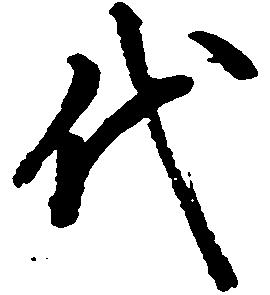
代